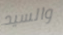
والسيد